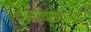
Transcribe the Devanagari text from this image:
अस्थिसंधानक